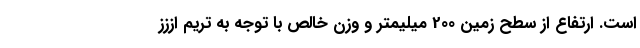
است. ارتفاع از سطح زمین 200 میلیمتر و وزن خالص با توجه به تریم اززز